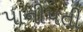
પાનીપતી